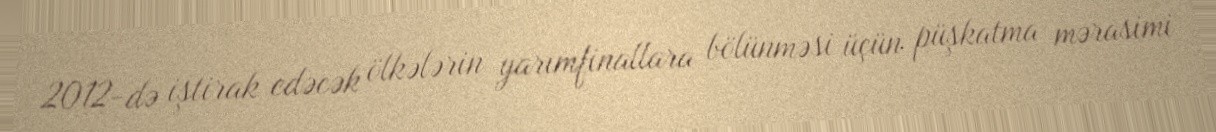
2012-də iştirak edəcək ölkələrin yarımfinallara bölünməsi üçün püşkatma mərasimi